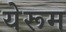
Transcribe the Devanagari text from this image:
येरूम